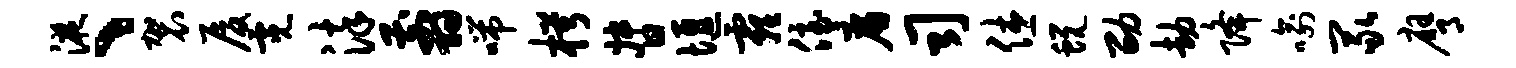
液、袈厦霓染翦喘枵督堰霾侄廉司休蜕劭劫降喻冢膺